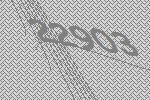
22903